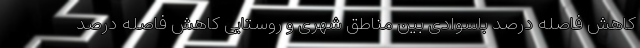
کاهش فاصله درصد باسوادی بین مناطق شهری و روستایی کاهش فاصله درصد